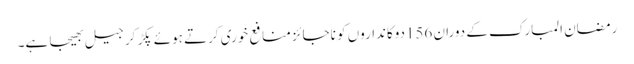
رمضان المبارک کے دوران 156دوکانداروں کو ناجائز منافع خوری کرتے ہوئے پکڑ کر جیل بھیجا ہے۔